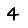
Digit: 4